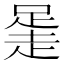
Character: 𧻻